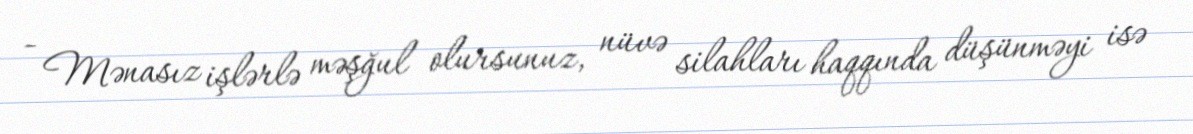
- Mənasız işlərlə məşğul olursunuz, nüvə silahları haqqında düşünməyi isə